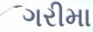
ગરીમા